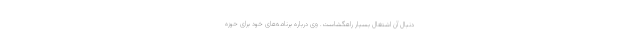
دنبال آن اشتغال بسیار راهگشاست. وی درباره برنامه‌های خود برای حوزه